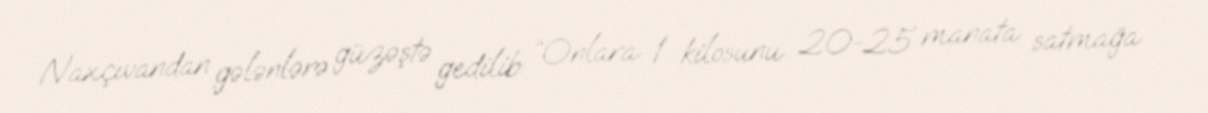
Naxçıvandan gələnlərə güzəştə gedilib: “Onlara 1 kilosunu 20-25 manata satmağa